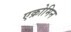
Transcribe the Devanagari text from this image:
एक्रोमिन